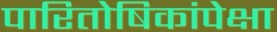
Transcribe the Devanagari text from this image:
पारितोषिकांपेक्षा